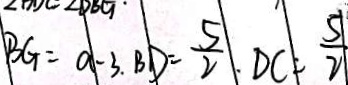
B G = a - 3 . B D = \frac { 5 } { 2 } \cdot D C = \frac { 5 } { 2 }